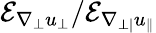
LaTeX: \mathcal{E}_{\nabla_{\perp}u_{\perp}}/\mathcal{E}_{\nabla_{\perp|}u_{\| }}